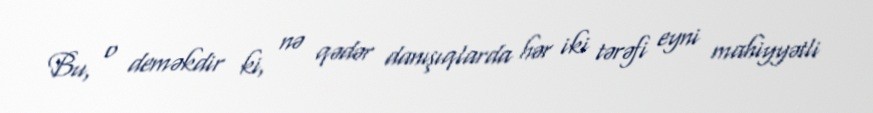
Bu, o deməkdir ki, nə qədər danışıqlarda hər iki tərəfi eyni mahiyyətli